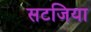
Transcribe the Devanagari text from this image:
सटजिया